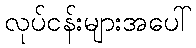
လုပ်ငန်းများအပေါ်